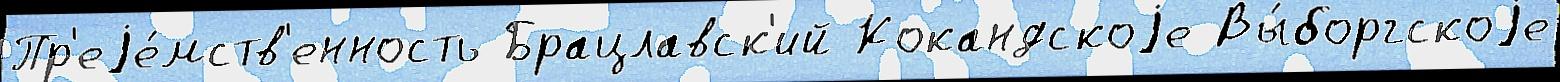
Пр'еjе́мств'енность Брацлавск'ий Кокандскоjе Вы́боргскоjе